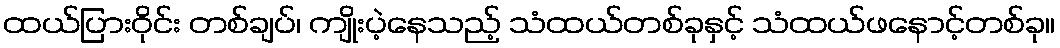
ထယ်ပြားဝိုင်း တစ်ချပ်၊ ကျိုးပဲ့နေသည့် သံထယ်တစ်ခုနှင့် သံထယ်ဖနောင့်တစ်ခု။